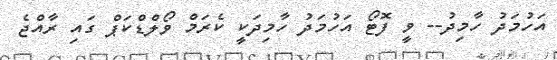
އަހުމަދު ހާމިދު-- ވީ ފޮޓޯ އަހުމަދު ހާމިދަކީ ކެރަމް ވޯލްޑްކަޕް ގައި ރާއްޖެ